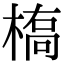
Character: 槗